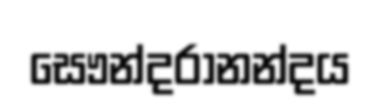
සෞන්දරානන්දය